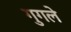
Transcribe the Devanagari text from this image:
गुगले